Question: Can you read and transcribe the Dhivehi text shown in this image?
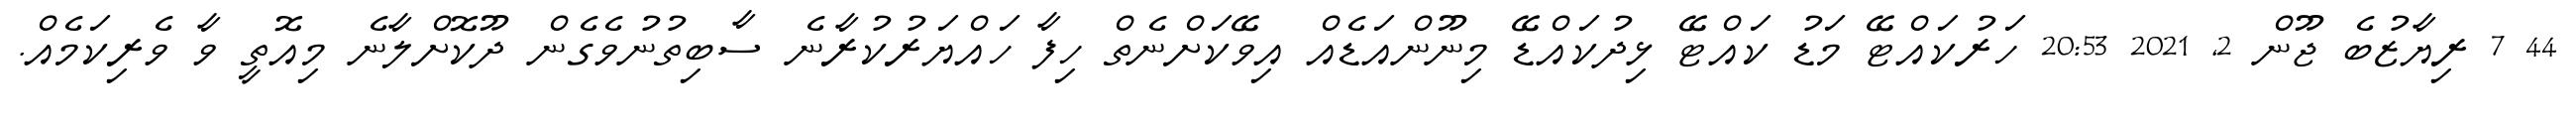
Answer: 44 7 ރިޔާޒުބެ ޖޫން 2, 2021 20:53 ހަރުކައްޓޭ މަޑު ކައްޓޭ ޅިދުކައްޑޭ މިނޫންއަޑެއް އިވޭކަށްނެތް ހިފާ ހައްޔަރުކުރާނެ ސާބިތުނުވެގެން ދޫކޮށްލާނެ މިއޮތީ ވާ ވެރިކަމެއް.